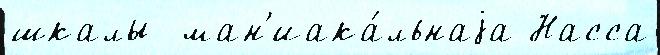
шкалы  ман'иака́льнаjа Насса